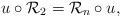
LaTeX: \begin{align*}u\circ\mathcal R_2=\mathcal R_n\circ u,\end{align*}